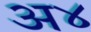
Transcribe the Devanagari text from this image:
अ४